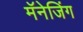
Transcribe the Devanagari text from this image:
मॅनेजिंग